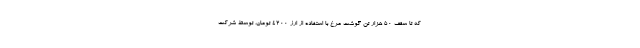
که تا سقف ۵۰ هزار تن گوشت مرغ با استفاده از ارز ۴۲۰۰ تومان، توسط شرکت